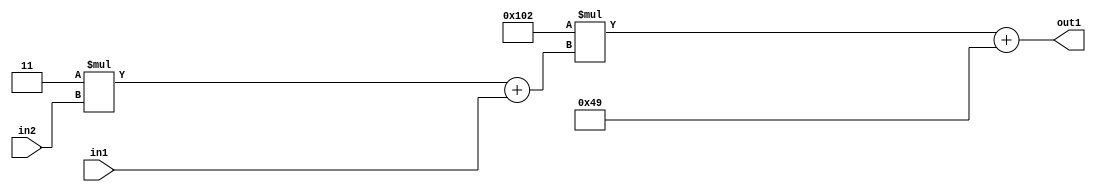
`timescale 1ps / 1ps
/*****************************************************************************
    Verilog RTL Description
    
    
    Created by: Stratus DpOpt 2019.1.01 
*******************************************************************************/

module DC_Filter_Add2i73Mul2i258Add2u1Mul2i3u2_1 (
	in2,
	in1,
	out1
	); /* architecture "behavioural" */ 
input [1:0] in2;
input  in1;
output [11:0] out1;
wire [11:0] asc001;
wire [3:0] asc002;

wire [3:0] asc002_tmp_0;
assign asc002_tmp_0 = 
	+(4'B0011 * in2);
assign asc002 = asc002_tmp_0
	+(in1);

wire [11:0] asc001_tmp_1;
assign asc001_tmp_1 = 
	+(12'B000100000010 * asc002);
assign asc001 = asc001_tmp_1
	+(12'B000001001001);

assign out1 = asc001;
endmodule

/* CADENCE  v7b1Sw4= : u9/ySgnWtBlWxVPRXgAZ4Og= ** DO NOT EDIT THIS LINE ******/